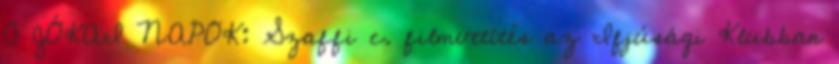
0 JÓKAI NAPOK: Szaffi c. filmvetítés az Ifjúsági Klubban